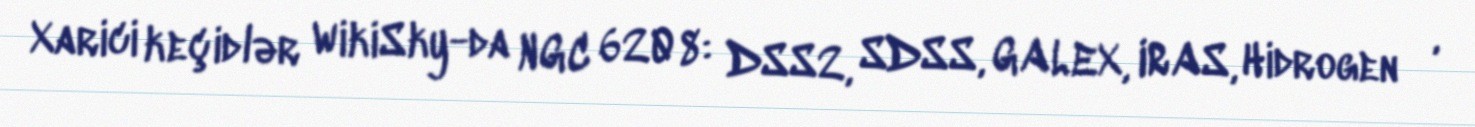
Xarici keçidlər WikiSky-da NGC 6208: DSS2, SDSS, GALEX, IRAS, Hidrogen α,